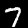
Digit: 7